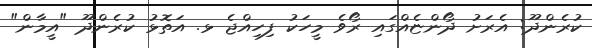
ކުރެންދޫ: އެރަށު ދޯންޏެއްގައި ރޯވެ މީހަކު ފިހިއްޖެ ޅ. އަތޮޅު ކުރެންދޫ "އީމާން"